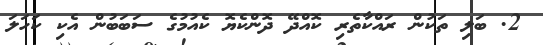
2. ބަލި ތަކުން ރައްކާތެރި ކޮއްދޭ ދޮންކެޔޮ ކެއުމުގެ ސަބަބުން އެކި ކަހަލަ